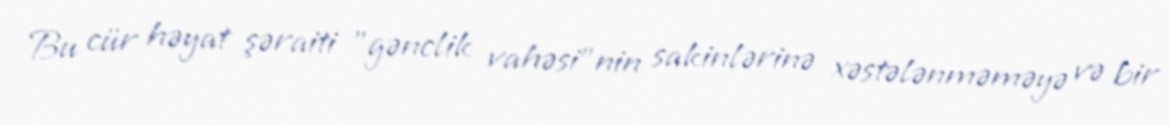
Bu cür həyat şəraiti "gənclik vahəsi"nin sakinlərinə xəstələnməməyə və bir